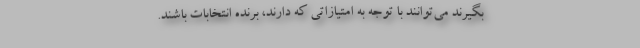
بگیرند می‌توانند با توجه به امتیازاتی که دارند، برنده انتخابات باشند.